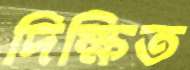
দিক্ষিত